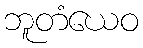
ဘူတံယေဝ